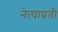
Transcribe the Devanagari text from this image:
नेत्याप्रती